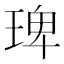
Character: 琕